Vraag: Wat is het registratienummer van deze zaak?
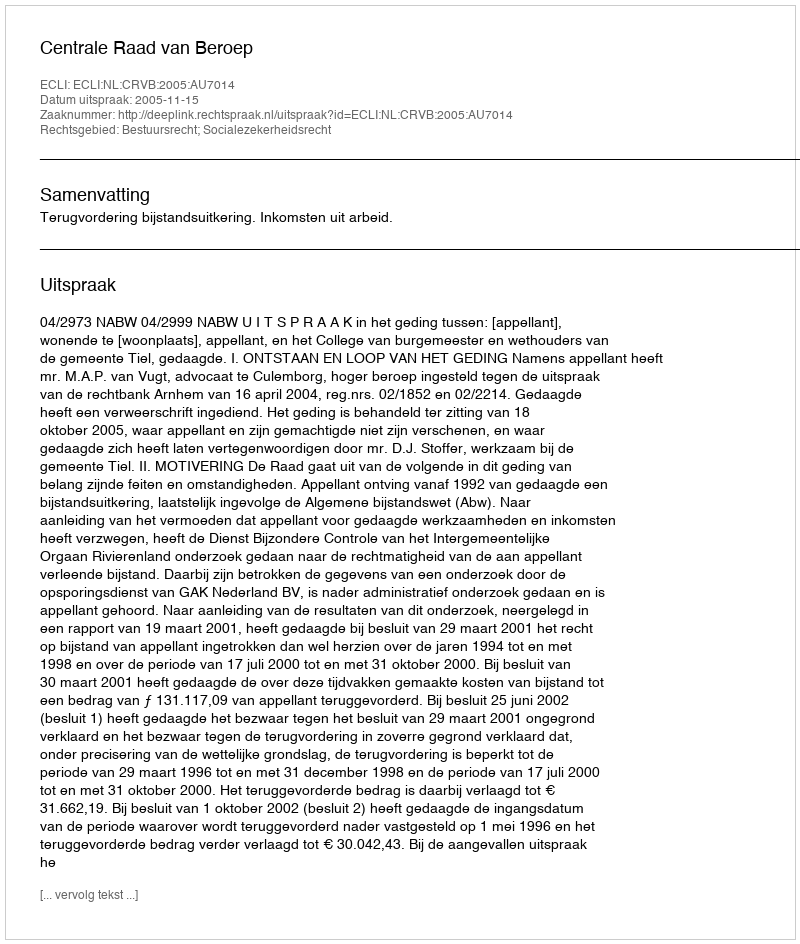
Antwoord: http://deeplink.rechtspraak.nl/uitspraak?id=ECLI:NL:CRVB:2005:AU7014